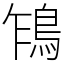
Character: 𩿞